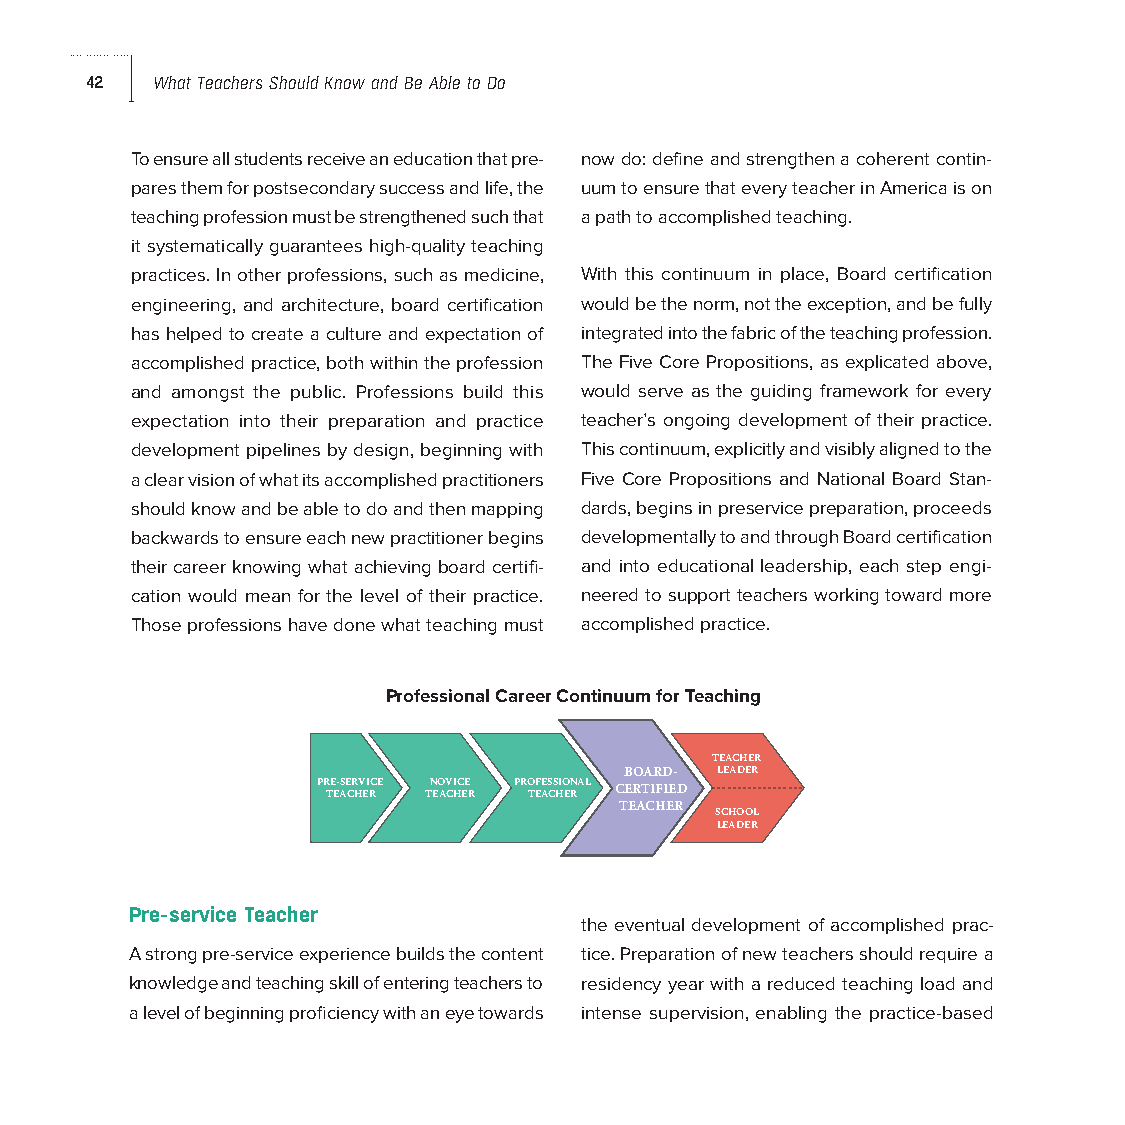
42  What Teachers Should Know and Be Able to Do
 To ensure all students receive an education that pre- now do: define and strengthen a coherent contin-
 pares them for postsecondary success and life, the uum to ensure that every teacher in America is on
 teaching profession must be strengthened such that a path to accomplished teaching.
 it systematically guarantees high-quality teaching
 practices. In other professions, such as medicine, With this continuum in place, Board certification
 engineering, and architecture, board certification would be the norm, not the exception, and be fully
 has helped to create a culture and expectation of integrated into the fabric of the teaching profession.
 accomplished practice, both within the profession The Five Core Propositions, as explicated above,
 and amongst the public. Professions build this would serve as the guiding framework for every
 expectation into their preparation and practice teacher’s ongoing development of their practice.
 development pipelines by design, beginning with This continuum, explicitly and visibly aligned to the
 a clear vision of what its accomplished practitioners Five Core Propositions and National Board Stan-
 should know and be able to do and then mapping dards, begins in pres ervice preparation, proceeds
 backwards to ensure each new practitioner begins developmentally to and through Board certification
 their career knowing what achieving board certifi- and into educational leadership, each step engi-
 cation would mean for the level of their practice. neered to support teachers working toward more
 Those professions have done what teaching must accomplished practice.
 Professional Career Continuum for Teaching
 TEACHER
 BOARD- LEADER
 PRE-SERVICE NOVICE PROFESSIONAL CERTIFIED
 TEACHER TEACHER TEACHER
 TEACHER
 SCHOOL
 LEADER
 Pre-service Teacher
 the eventual development of accomplished prac-
 A strong pre-service experience builds the content tice. Preparation of new teachers should require a
 knowledge and teaching skill of entering teachers to residency year with a reduced teaching load and
 a level of beginning proficiency with an eye towards intense supervision, enabling the practice-based